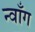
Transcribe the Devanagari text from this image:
न्वाँग